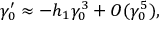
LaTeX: \gamma _ { 0 } ^ { \prime } \approx - h _ { 1 } \gamma _ { 0 } ^ { 3 } + O ( \gamma _ { 0 } ^ { 5 } ) ,